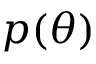
p ( \theta )